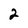
Character: 2